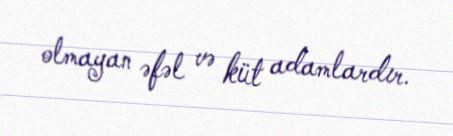
olmayan əfəl və küt adamlardır.